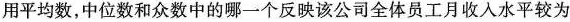
用平均数，中位数和众数中的哪一个反映该公司全体员工月收入水平较为